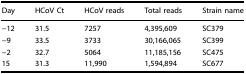
<table><thead><tr><td><b>Day</b></td><td><b>HCoV Ct</b></td><td><b>HCoV reads</b></td><td><b>Total reads</b></td><td><b>Strain name</b></td></tr></thead><tbody><tr><td>−12</td><td>31.5</td><td>7257</td><td>4,395,609</td><td>SC379</td></tr><tr><td>−9</td><td>33.5</td><td>3733</td><td>30,166,065</td><td>SC399</td></tr><tr><td>−2</td><td>32.7</td><td>5064</td><td>11,185,156</td><td>SC475</td></tr><tr><td>15</td><td>31.3</td><td>11,990</td><td>1,594,894</td><td>SC677</td></tr></tbody></table>